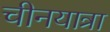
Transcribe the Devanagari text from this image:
चीनयात्रा